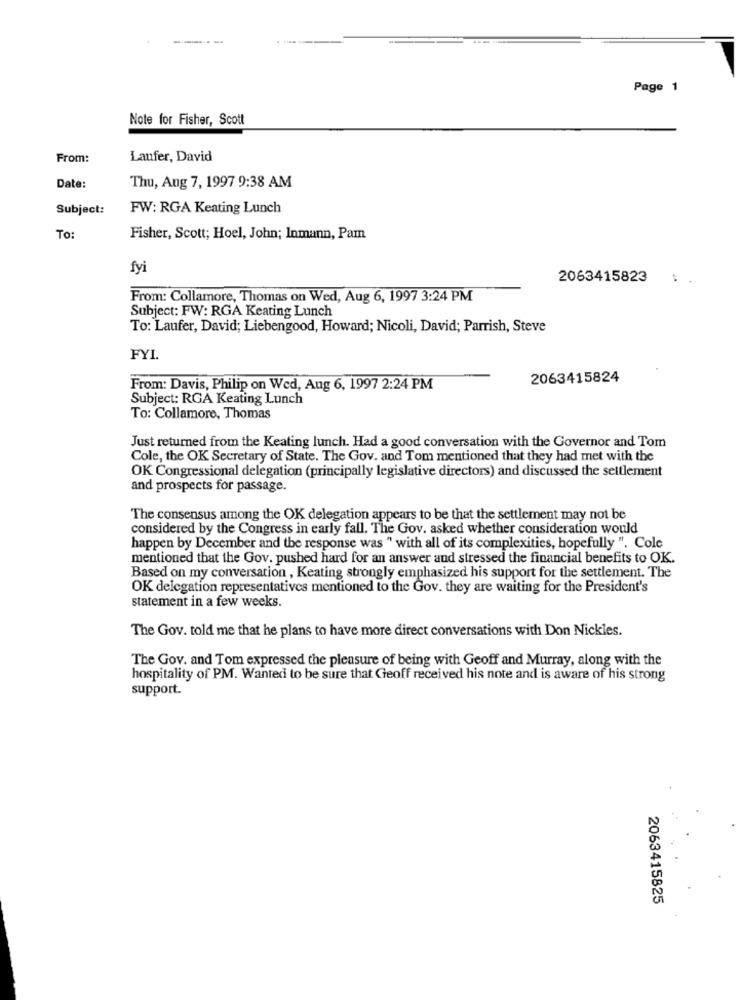
Page 1
Note for Fisher, Scott
From:
Laufer, David
Date:
Thu, Aug 7, 1997 9:38 AM
Subject:
FW: RGA Keating Lunch
To:
Fisher, Scott; Hoel, John; Inmann, Pam
fyi
2063415823
From: Collamore, Thomas on Wed, Aug 6, 1997 3:24 PM
Subject: FW: RGA Keating Lunch
To: Laufer, David; Liebengood, Howard; Nicoli, David; Parrish, Steve
FYI.
2063415824
From: Davis, Philip on Wed, Aug 6, 1997 2:24 PM
Subject: RGA Keating Lunch
To: Collamore, Thomas
Just returned from the Keating lunch. Had a good conversation with the Governor and Tom
Cole, the OK Secretary of State. The Gov. and Tom mentioned that they had met with the
OK Congressional delegation (principally legislative directors) and discussed the settlement
and prospects for passage.
The consensus among the OK delegation appears to be that the settlement may not be
considered by the Congress in early fall. The Gov. asked whether consideration would
happen by December and the response was " with all of its complexities, hopefully ". Cole
mentioned that the Gov. pushed hard for an answer and stressed the financial benefits to OK.
Based on my conversation , Keating strongly emphasized his support for the settlement. The
OK delegation representatives mentioned to the Gov. they are waiting for the President's
statement in a few weeks.
The Gov. told me that he plans to have more direct conversations with Don Nickles.
The Gov. and Tom expressed the pleasure of being with Geoff and Murray, along with the
hospitality of PM. Wanted to be sure that Geoff received his note and is aware of his strong
support.
2063415825